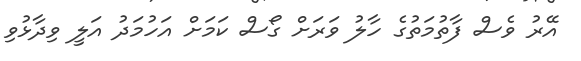
އޭރު ވެސް ފާތުމަތުގެ ހާލު ވަރަށް ގޯސް ކަމަށް އަހުމަދު އަލީ ވިދާޅުވި